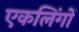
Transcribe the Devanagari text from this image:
एकलिंगों